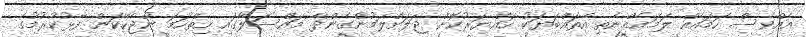
އެއްވެސް ހަމައެއް ލަމައެއްނެތި އެތައްބަޔަކު ހައްޔަރުކޮށް ޖަލަށްލަމުންގެންދާ މައްސަލާގައި ހިތްހަމަ ނުޖެހޭކަން ފާޅުކުރުމުގެ